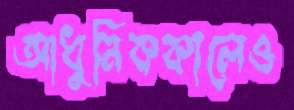
আধুনিককালেও